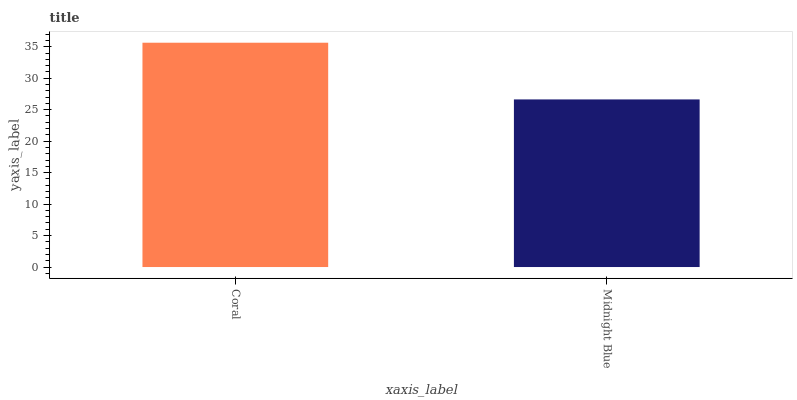
| xaxis_label | bars |
 | --- | --- |
 | Coral | 35.6 |
 | Midnight Blue | 26.6 |